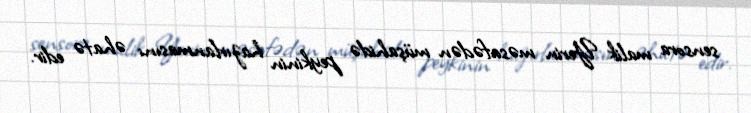
sensora malik Yerin məsafədən müşahidə peykinin hazırlanmasını əhatə edir.